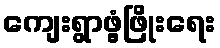
ကျေးရွာဖွံ့ဖြိုးရေး